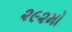
૨૯૨મો